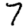
Digit: 7